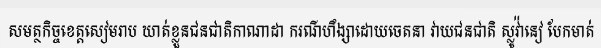
សមត្ថកិច្ចខេត្តសៀមរាប ឃាត់ខ្លួនជនជាតិកាណាដា ករណីហឹង្សាដោយចេតនា វាយជនជាតិ ស្លូវ៉ានៀ បែកមាត់